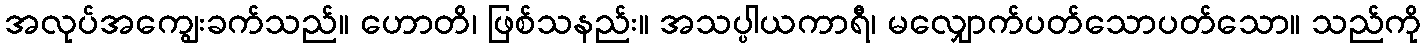
အလုပ်အကျွေးခက်သည်။ ဟောတိ၊ ဖြစ်သနည်း။ အသပ္ပါယကာရီ၊ မလျှောက်ပတ်သောပတ်သော။ သည်ကို